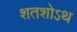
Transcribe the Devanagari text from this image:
शतशोऽथ